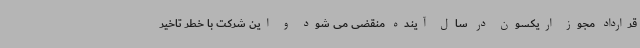
قرارداد مجوز اریکسون در سال آینده منقضی می شود و این شرکت با خطر تاخیر